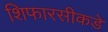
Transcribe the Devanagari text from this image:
शिफारसीकडे